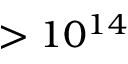
> 1 0 ^ { 1 4 }